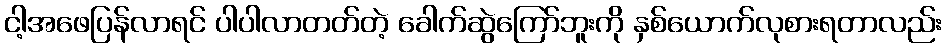
ငါ့အဖေပြန်လာရင် ပါပါလာတတ်တဲ့ ခေါက်ဆွဲကြော်ဘူးကို နှစ်ယောက်လုစားရတာလည်း